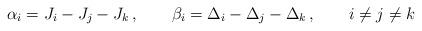
LaTeX: \begin{align*} \alpha_i = J_i-J_j-J_k\,, \qquad \beta_i = \Delta_i-\Delta_j-\Delta_k\,, \qquad i\neq j \neq k\end{align*}